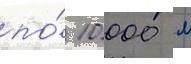
по́ 10 000 м